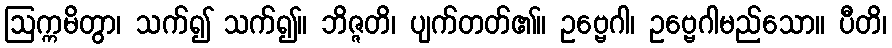
ဩက္ကမိတွာ၊ သက်၍ သက်၍။ ဘိဇ္ဇတိ၊ ပျက်တတ်၏။ ဥဗ္ဗေဂါ၊ ဥဗ္ဗေဂါမည်သော။ ပီတိ၊